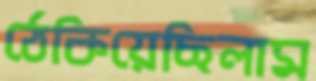
ঠেকিয়েছিলাম